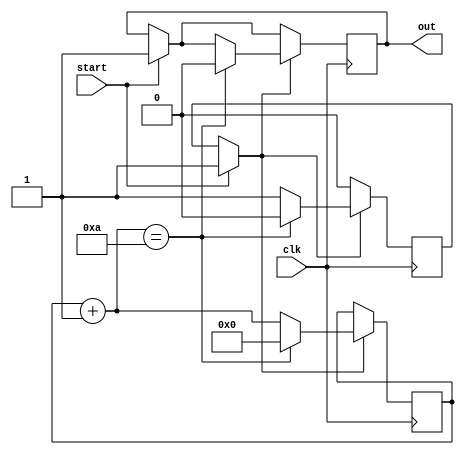
/* Descripcion de un temporizador generico no redisparable */
module timer(clk, start, out);
input wire clk,start;
output reg out = 0;
parameter DIVCLK = 10; //parametro divisor de ciclos
reg[7:0] cnt = 0; //variable de 8 bits
reg startOK = 0; //bandera del timer
always @(posedge clk) //Solo con flancos ascendentes
begin
  
  if(start == 1) //Si start se activa
  begin 
    startOK = 1; //Inicia la cuenta del timer
    out <= 1; //Salida es alta
  end
  if(startOK == 1) //Si el timer ha iniciado
  begin
    cnt = cnt + 1; //Incrementa contador
    if(cnt == DIVCLK) //Si el contador llega al fin
    begin
      out <= 0; //Salida a nivel bajo
      cnt = 0; //Reinicia contador
      startOK = 0; //Finaliza timer
    end
  end  
end
endmodule